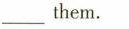
___ them.